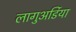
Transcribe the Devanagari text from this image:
लागुअर्डिया